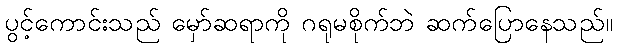
ပွင့်ကောင်းသည် မှော်ဆရာကို ဂရုမစိုက်ဘဲ ဆက်ပြောနေသည်။